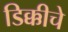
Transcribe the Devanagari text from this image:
डिक्कीचे